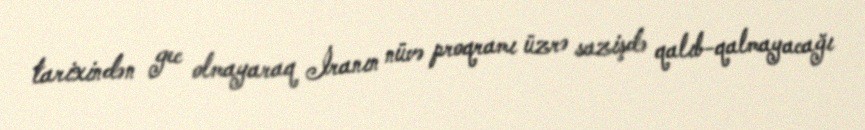
tarixindən gec olmayaraq İranın nüvə proqramı üzrə sazişdə qalıb-qalmayacağı